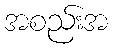
အစည်းအ